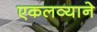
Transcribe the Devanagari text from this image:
एकलव्याने